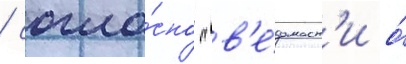
/ согла́сно "в'е́домост'и о́